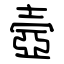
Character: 壼